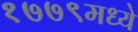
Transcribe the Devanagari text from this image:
१७७९मध्ये